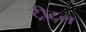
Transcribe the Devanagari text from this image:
ट्रीटल